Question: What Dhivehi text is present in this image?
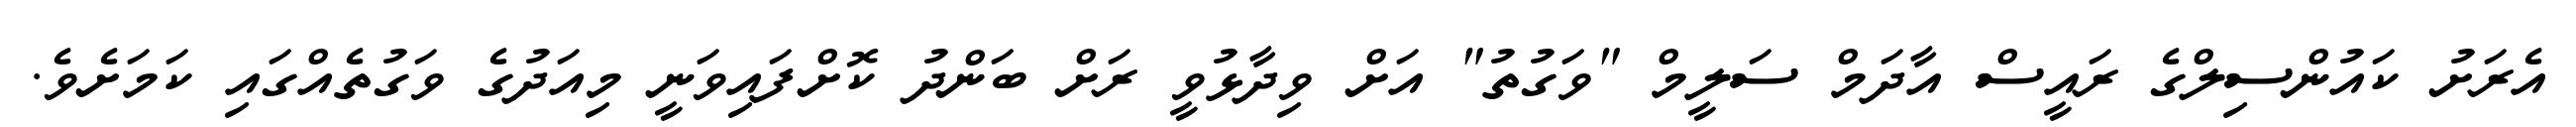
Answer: އެރަށު ކައުންސިލްގެ ރައީސް އާދަމް ސަލީމް "ވަގުތު" އަށް ވިދާޅުވީ ރަށް ބަންދު ކޮށްފައިވަނީ މިއަދުގެ ވަގުތެއްގައި ކަމަށެވެ.